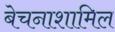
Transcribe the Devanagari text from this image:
बेचनाशामिल